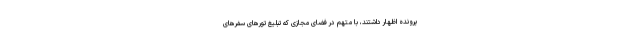
پرونده اظهار داشتند، با متهم در فضای مجازی که تبلیغ تورهای سفرهای